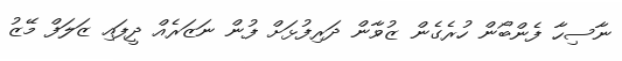
ނާސިހާ ފެންބޯން ހުރެގެން ޒުވާން ދަރިފުޅަށް ފުން ނަޒަރެއް ދީފައި ޒަލަފް މޭޒު